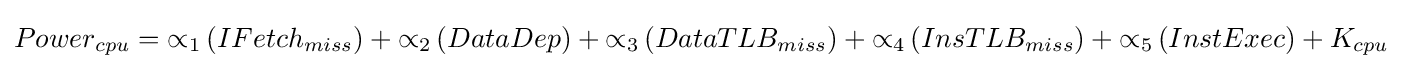
Powe{{r}_{cpu}}={{\propto }_{1}}\left(IFetc{{h}_{miss}}\right)+{{\propto }_{2}}\left(DataDep\right)+{{\propto }_{3}}\left(DataTL{{B}_{miss}}\right)+{{\propto }_{4}}\left(InsTL{{B}_{miss}}\right)+{{\propto }_{5}}\left(InstExec\right)+{{K}_{cpu}}